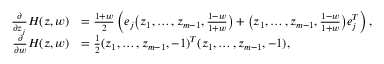
\begin{array} { r l } { \frac { \partial } { \partial z _ { j } } H ( z , w ) } & { = \frac { 1 + w } { 2 } \left( e _ { j } \big ( z _ { 1 } , \dots , z _ { m - 1 } , \frac { 1 - w } { 1 + w } \big ) + \big ( z _ { 1 } , \dots , z _ { m - 1 } , \frac { 1 - w } { 1 + w } \big ) e _ { j } ^ { T } \right) , } \\ { \frac { \partial } { \partial w } H ( z , w ) } & { = \frac { 1 } { 2 } ( z _ { 1 } , \dots , z _ { m - 1 } , - 1 ) ^ { T } ( z _ { 1 } , \dots , z _ { m - 1 } , - 1 ) , } \end{array}